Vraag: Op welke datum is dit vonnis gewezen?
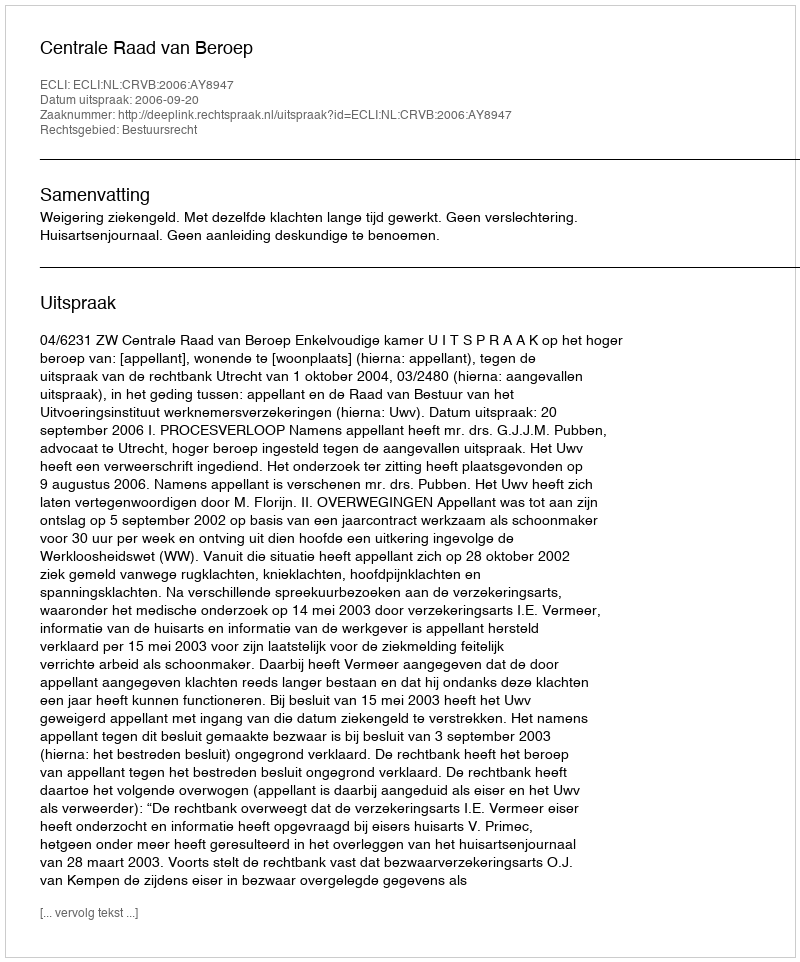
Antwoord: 2006-09-20